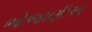
ભોજાણીએ